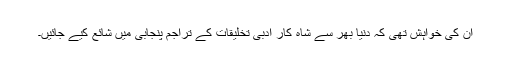
ان کی خواہش تھی کہ دنیا بھر سے شاہ کار ادبی تخلیقات کے تراجم پنجابی میں شائع کیے جائیں۔